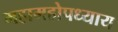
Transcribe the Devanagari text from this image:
महामहोपध्याय